Annual statistical returns and brief notes on vaccination in Bengal - 1909-1929
Year: 1909
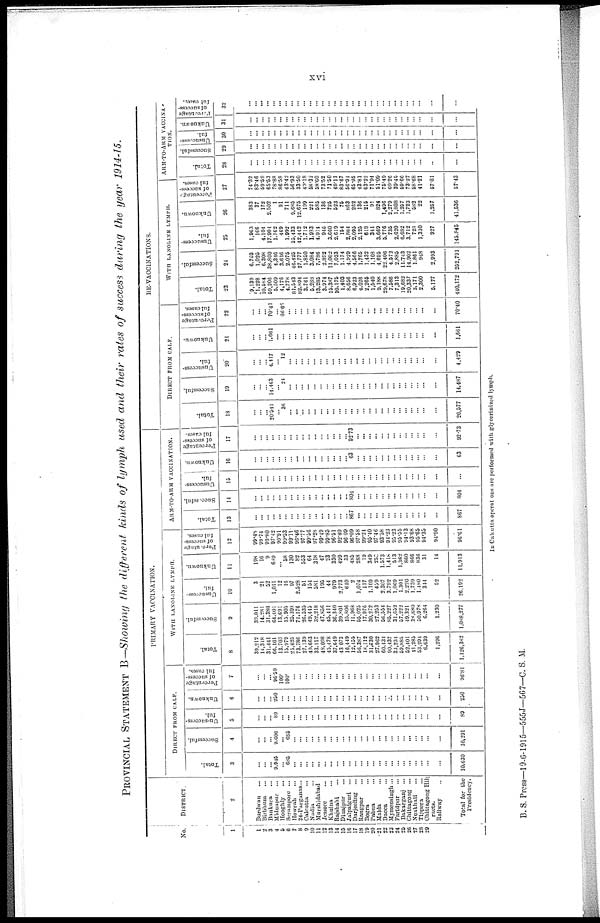
xvi
PROVINCIAL STATEMENT B—Showing the different kinds of lymph used and their rates of success during the year 1914-15.
No.
1
1
2
3
4
5
6
7
8
9
10
11
12
13
14
15
16
17
18
19
20
21
22
23
24 25
25
27
28 20
DISTRICT.
2
Burdwan ...
Dirbhum ...
Bankura ...
Midnapur ...
Hooghly ...
Serampore ...
Howrah ...
24-Parganas...
Calcutta ...
Nadia ...
Murshidabad ...
Jessore ...
Khulna ...
Rajshahi ...
Dinajpur ...
Jalpaigurl ...
Darjeeling ...
Rangpur ...
Bogra ...
Pabna ...
Malda ...
Dacca ...
Mymensingh ...
Faridpur ...
Bakarganj ...
Chittagong ...
Noakhali ...
Tippera ...
Chittagong Hill
racts.
Railway ...
Total for the
Presidency.
PRIMARY VACCINATION.
DIRECT FROM CALF.
Total.
3
...
...
...
9,945
...
6.85
...
...
...
...
...
...
...
...
...
...
...
...
...
...
...
...
...
...
...
...
...
...
...
...
10,630
Successful.
4
...
...
...
9,606
...
686
...
...
...
...
...
...
...
...
...
...
...
...
...
...
...
...
...
...
...
...
...
...
...
...
10,291
Un-success-
ful.
5
...
...
...
89
...
...
...
...
...
...
...
...
...
...
...
...
...
...
...
...
...
...
...
...
...
...
...
...
...
...
89
Unknown.
6
...
...
...
250
...
...
...
...
...
...
...
...
...
...
...
...
...
...
...
...
...
...
...
...
...
...
...
...
...
...
250
Percentage
of success-
ful cases.
7
...
...
...
96.59
100.
100.
...
...
...
...
...
...
...
...
...
...
...
...
...
...
...
...
...
...
...
...
...
...
...
...
96.81
WITH LANOLINE LYMPH.
Total.
8
39,212
14,318
31,441
66,101
13,703
15,979
25,625
73,786
27,139
49,663
33,117
48,098
45,478
37,640
43,073
16,449
12,455
56,387
18,112
31,730
27,962
60,434
90,437
33,234
59,885
52,401
41,285
53,291
6,639
1,296
1,126,382
Successful.
9
39,011
14,281
31,380
64,401
13,691
15,905
25,398
71,176
26,535
49,445
32,218
47,856
45,411
36,340
39,801
15,806
11,968
55,025
17,076
30,272
27,253
56,554
85,227
31,652
57,222
19,321
38,680
50,978
6,264
1,230
1,088,277
Unsuccess-
ful.
10
3
21
52
1,011
12
16
97
2,528
51
154
581
195
44
979
2,773
610
2
1,074
117
1,109
459
2,307
3,792
1,069
1,301
2,220
1,739
1,480
344
52
26,192
Unknown.
11
198
16
9
689
...
58
130
82
553
64
318
47
23
330
499
33
485
288
19
349
250
1,573
1,418
513
1,362
860
866
836
31
14
11,913
Percentage
of success-
ful cases.
12
90.48
99.74
99.80
97.42
99.91
99.53
99.11
96.46
97.77
99.56
97.28
99.49
90.85
96.51
92.40
96.09
96.09
97.58
99.24
95.40
97.46
93.58
94.23
95.23
95.55
94.13
93.68
95.65
94.35
94.90
96.61
ARM-TO-ARM VACCINATION.
Total.
13
...
...
...
...
...
...
...
...
...
...
...
...
...
...
...
...
867
...
...
...
...
...
...
...
...
...
...
...
...
...
867
Successful.
14
...
...
...
...
...
...
...
...
...
...
...
...
...
...
...
...
804
...
...
...
...
...
...
...
...
...
...
...
...
...
804
Unsuccess-
ful.
15
...
...
...
...
...
...
...
...
...
...
...
...
...
...
...
...
...
...
...
...
...
...
...
...
...
...
...
...
...
...
...
Unknown.
16
...
...
...
...
...
...
...
...
...
...
...
...
...
...
...
...
63
...
...
...
...
...
...
...
...
...
...
...
...
...
63
Percentage
of success-
ful cases.
17
...
...
...
...
...
...
...
...
...
...
...
...
...
...
...
...
92.73
...
...
...
...
...
...
...
...
...
...
...
...
...
92.73
RE-VACCINATIONS.
DIRECT FROM CALF.
Total.
18
...
...
...
20,541
...
36
...
...
...
...
...
...
...
...
...
...
...
...
...
...
...
...
...
...
...
...
...
...
...
...
20,577
Successful.
19
...
...
...
14,463
...
24
...
...
...
...
...
...
...
...
...
...
...
...
...
...
...
...
...
...
...
...
...
...
...
...
14,487
Unsuccess-
ful.
20
...
...
...
4,417
...
12
...
...
...
...
...
...
...
...
...
...
...
...
...
...
...
...
...
...
...
...
...
...
...
...
4,429
Unknown.
21
...
...
...
1,661
...
...
...
...
...
...
...
...
...
...
...
...
...
...
...
...
...
...
...
...
...
...
...
...
...
...
1,661
Percentage
of success-
ful cases.
22
...
...
...
70.41
...
66.66
...
...
...
...
...
...
...
...
...
...
...
...
...
...
...
...
...
...
...
...
...
...
...
...
70.40
WITH LANOLINE LYMPH.
Total.
23
9,139
1,228
10,584
59,206
5,509
4,176
4,778
81,543
82,894
3,761
5,288
13,285
3,974
15,387
10,175
1,403
8,656
6,923
4,026
2,265
1,540
9,188
29,678
7,586
7,313
19,682
20,337
3,171
2,300
5,177
440,172
Successful.
24
6,793
1,025
6,308
38,800
4,346
3,616
2,075
46,425
27,777
1,850
3,084
7,786
2,892
11,002
7,033
1,174
4,929
4,566
1,765
1,432
1,108
4,695
22,406
4,572
2,885
11,743
14,902
1,861
948
2,993
252,791
Unsuccess-
ful.
25
1,963
166
4,104
17,904
1,162
469
1,992
25,433
42,442
1,712
1,983
4,914
946
3,660
2,619
154
2,864
2,095
2,125
618
341
3,669
5,776
735
2,620
6,682
3,712
728
1,330
927
145,845
Unknown.
26
383
37
172
2,502
1
91
711
9,685
12,675
100
221
586
136
725
523
75
863
262
136
215
91
824
1,496
2,279
1,808
1,257
1,723
582
22
1,257
41,536
Percentage
of success-
ful cases.
27
74.32
83.46
59.59
65.53
78.88
86.58
43.42
56.93
33.50
49.18
58.32
58.60
73.52
71.50
69.11
83.67
56.91
65.95
43.81
63.22
71.94
51.09
75.49
60.20
30.45
59.66
73.27
58.68
41.21
57.81
57.43
ARM-TO-ARM VACCINA-
TION.
Total.
28
...
...
...
...
...
...
...
...
...
...
...
...
...
...
...
...
...
...
...
...
...
...
...
...
...
...
...
...
...
...
...
Successful.
29
...
...
...
...
...
...
...
...
...
...
...
...
...
...
...
...
...
...
...
...
...
...
...
...
...
...
...
...
...
...
...
Unsuccess-
ful.
30
...
...
...
...
...
...
...
...
...
...
...
...
...
...
...
...
...
...
...
...
...
...
...
...
...
...
...
...
...
...
...
Unknown.
31
...
...
...
...
...
...
...
...
...
...
...
...
...
...
...
...
...
...
...
...
...
...
...
...
...
...
...
...
...
...
...
Percentage
of success-
ful cases.
32
...
...
...
...
...
...
...
...
...
...
...
...
...
...
...
...
...
...
...
...
...
...
...
...
...
...
...
...
...
...
...
In Calcutta operations are performed with glycerinized lymph.
B. S. Press—19-6-1915—555J—567—C. S. M.